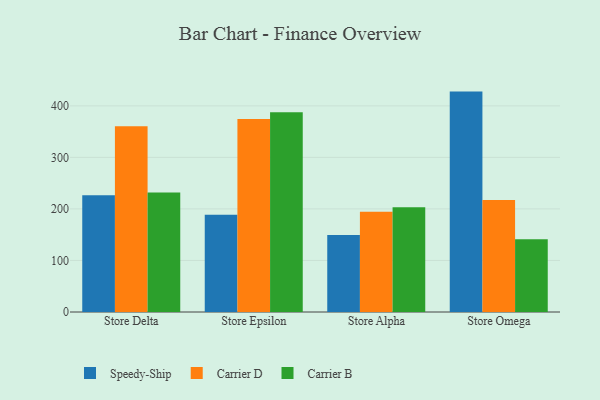
{"axis": {"x": "Store", "y": "Conversion Rate (%)"}, "legend": ["Carrier B", "Carrier D", "Speedy-Ship"], "data": [{"x": "Store Delta", "y": 226.7, "type": "Speedy-Ship"}, {"x": "Store Delta", "y": 360.5, "type": "Carrier D"}, {"x": "Store Delta", "y": 231.9, "type": "Carrier B"}, {"x": "Store Epsilon", "y": 188.8, "type": "Speedy-Ship"}, {"x": "Store Epsilon", "y": 374.2, "type": "Carrier D"}, {"x": "Store Epsilon", "y": 387.7, "type": "Carrier B"}, {"x": "Store Alpha", "y": 149.2, "type": "Speedy-Ship"}, {"x": "Store Alpha", "y": 194.7, "type": "Carrier D"}, {"x": "Store Alpha", "y": 203.1, "type": "Carrier B"}, {"x": "Store Omega", "y": 427.6, "type": "Speedy-Ship"}, {"x": "Store Omega", "y": 217.2, "type": "Carrier D"}, {"x": "Store Omega", "y": 141.2, "type": "Carrier B"}]}